Vaccination United Provinces of Agra and Oudh 1923-1928 - 1923-1928
Year: 1923
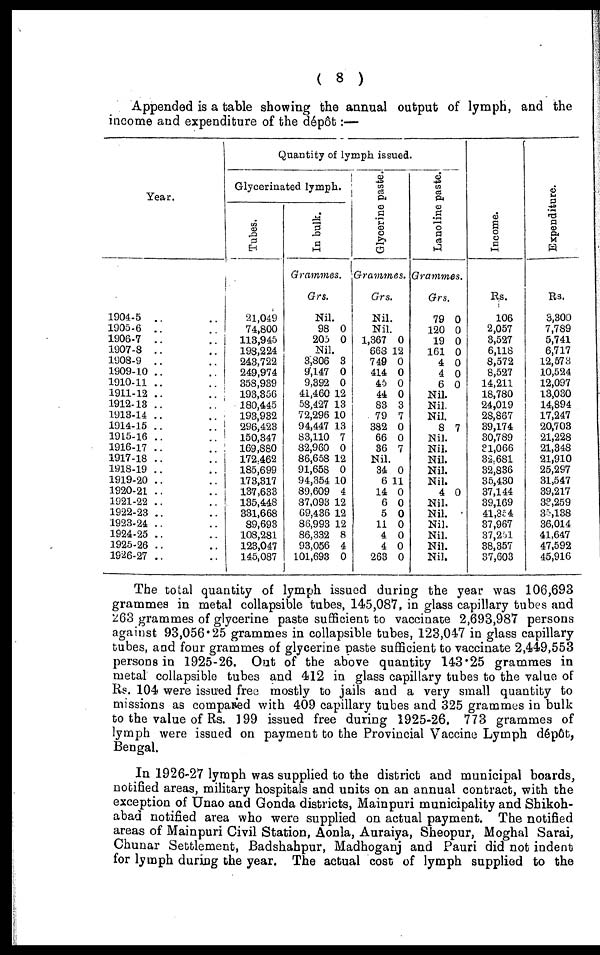
( 8 )
Appended is a table showing the annual output of lymph, and the
income and expenditure of the dépôt:—
Year.
1904-5 .. ..
1905-6 .. ..
1906-7 .. ..
1907-8 .. ..
1908-9 .. ..
1909-10 .. ..
1910-11 .. ..
1911-12 .. ..
1912-13 .. ..
1913-14 .. ..
1914-15 .. ..
1915-16 .. ..
1916-17 .. ..
1917-18 .. ..
1918-19 .. ..
1919-20 .. ..
1920-21 .. ..
1921-22 .. ..
1922-23 .. ..
1923-24 .. ..
1924-25 .. ..
1925-26 .. ..
1926-27 .. ..
Quantity of lymph issued.
Glycetinated lymph.
Tubes.
21,049
74,800
113,945
198,224
243,722
249,974
358,939
193,356
180,445
193,932
296,423
150,347
169,880
172,462
185,699
173,317
137,633
135,448
331,668
89,693
108,281
123,047
145,087
In bulk.
Grammes.
Grs.
Nil.
98
205
0
0
Nil.
3,806
9,147
9,392
41,460
58,427
72,296
94,447
83,110
82,960
86,658
91,658
94,354
89,609
87,093
69,436
86,993
86,332
93,056
101,693
3
0
0
12
13
10
13
7
0
12
0
10
4
12
12
12
8
4
0
Glycerine paste.
Grammes.
Grs.
Nil.
Nil
1,367
668
749
414
45
44
83
79
382
66
36
0
12
0
0
0
0
3
7
0
0
7
Nil.
34
6
14
6
5
11
4
4
263
0
11
0
0
0
0
0
0
0
Lanoline paste.
Grammes.
Grs.
79
120
19
161
4
4
6
0
0
0
0
0
0
0
Nil.
Nil.
Nil.
8 7
Nil.
Nil.
Nil.
Nil.
Nil.
4 0
Nil.
Nil.
Nil.
Nil.
Nil.
Nil.
Income.
Rs.
106
2,057
3,527
6,118
8,572
8,527
14,211
18,780
24,019
28,867
39,174
30,789
31,066
32,681
32,836
35,430
37,144
39,169
41,354
37,967
37,251
38,357
37,603
Expenditure.
Rs.
3,300
7,789
5,741
6,717
12,573
10,524
12,097
13,030
14,894
17,247
20,703
21,228
21,348
21,910
25,297
31,547
39,217
33,259
35,138
36,014
41,647
47,592
45,916
The total quantity of lymph issued during the year was 106,693
grammes in metal collapsible tubes, 145,087, in glass capillary tubes and
263 grammes of glycerine paste sufficient to vaccinate 2,693,987 persons
against 93,056.25 grammes in collapsible tubes, 123,047 in glass capillary
tubes, and four grammes of glycerine paste sufficient to vaccinate 2,449,553
persons in 1925-26. Out of the above quantity 143.25 grammes in
metal collapsible tubes and 412 in glass capillary tubes to the value of
Rs. 104 were issued free mostly to jails and a very small quantity to
missions as compared with 409 capillary tubes and 325 grammes in bulk
to the value of Rs. 199 issued free during 1925-26. 773 grammes of
lymph were issued on payment to the Provincial Vaccine Lymph dépôt,
Bengal.
In 1926-27 lymph was supplied to the district and municipal boards,
notified areas, military hospitals and units on an annual contract, with the
exception of Unao and Gonda districts, Mainpuri municipality and Shikoh¬
abad notified area who were supplied on actual payment. The notified
areas of Mainpuri Civil Station, Aonla, Auraiya, Sheopur, Moghal Sarai,
Chunar Settlement, Badshahpur, Madhoganj and Pauri did not indent
for lymph during the year. The actual cost of lymph supplied to the